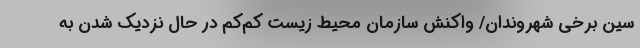
سین برخی شهروندان/ واکنش سازمان محیط زیست کم‌کم در حال نزدیک شدن به